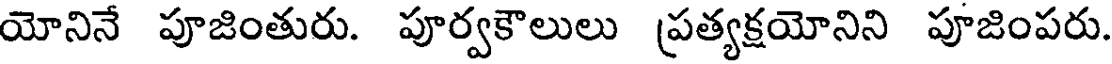
యోనినే పూజింతురు. పూర్వకౌలులు ప్రత్యక్షయోనిని పూజింపరు.